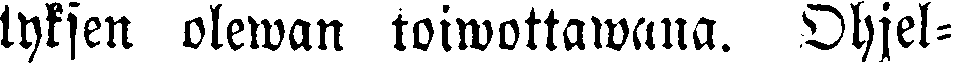
tyksen olewan toiwottawana. Ohjel-